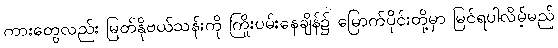
ကားတွေလည်း မြတ်နိုဗယ်သန်းကို ကြိုးပမ်းနေချိန်၌ မြောက်ပိုင်းတို့မှာ မြင်ရပါလိမ့်မည်